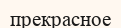
прекрасное